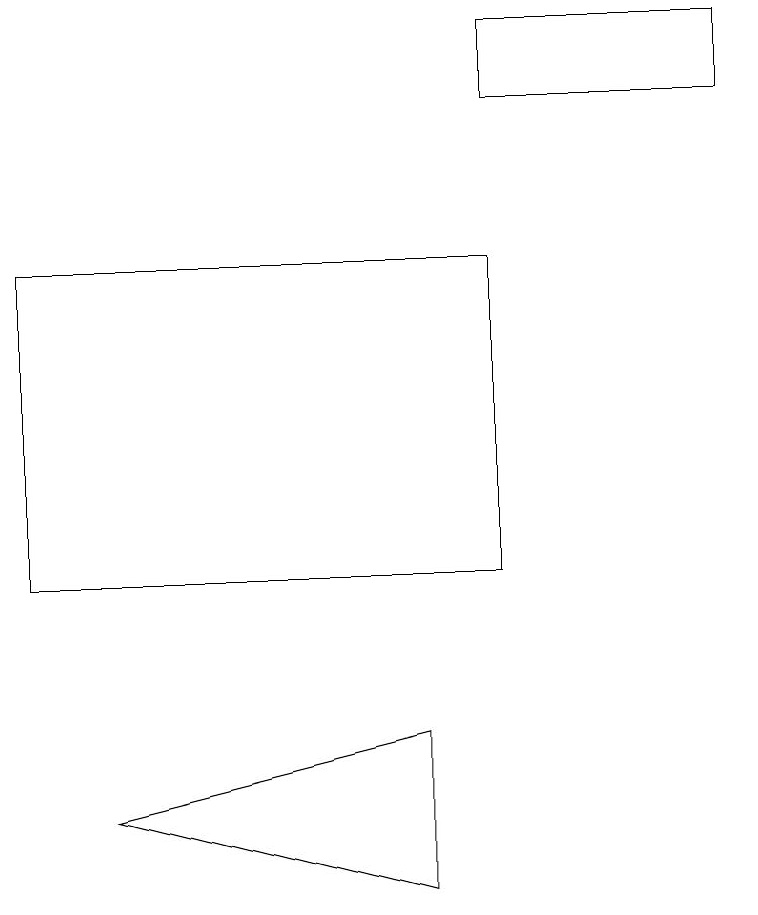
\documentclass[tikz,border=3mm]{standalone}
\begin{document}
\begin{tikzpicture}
\draw (1,8) -- (5,9) -- (5,7) -- cycle;
\draw (9,17) rectangle (6,18);
\draw (0,15) rectangle (6,11);
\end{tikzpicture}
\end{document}